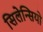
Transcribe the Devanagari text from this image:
सिलेन्सियो